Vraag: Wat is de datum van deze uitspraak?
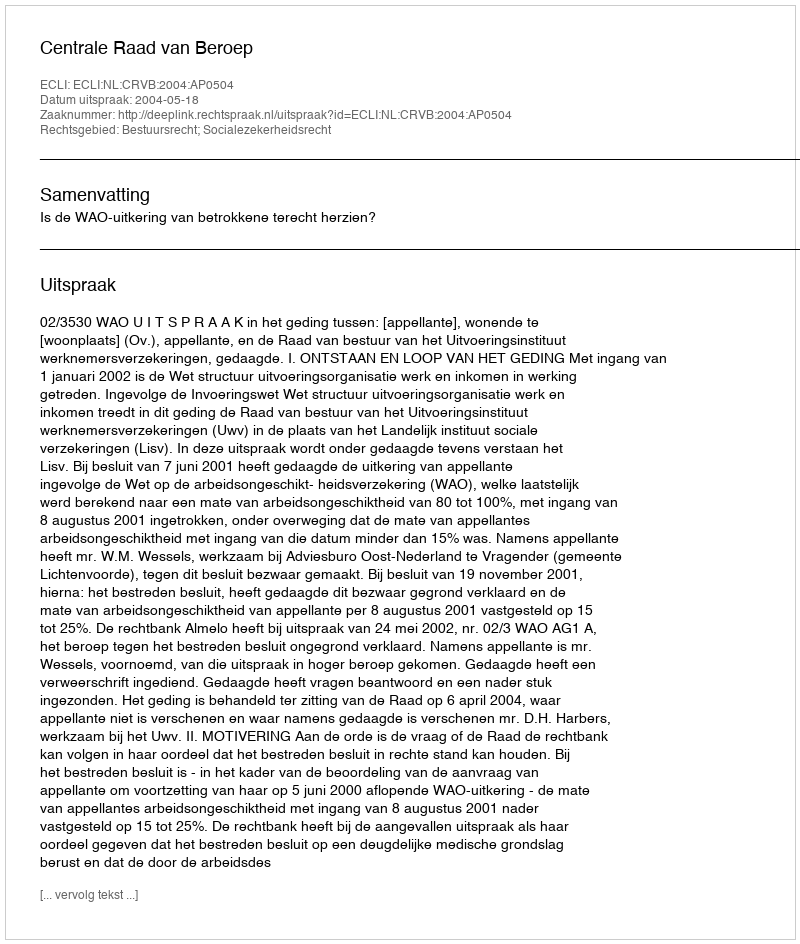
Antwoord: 2004-05-18